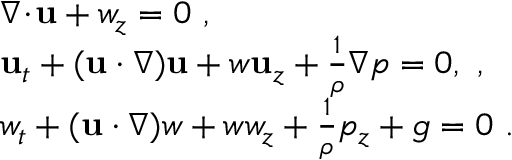
\begin{array} { r l } & { \nabla \! \cdot \! \mathbf { u } + w _ { z } = 0 \ , } \\ & { \mathbf { u } _ { t } + ( \mathbf { u } \cdot \nabla ) \mathbf { u } + w \mathbf { u } _ { z } + \frac { 1 } { \rho } \nabla p = 0 , \ , } \\ & { w _ { t } + ( \mathbf { u } \cdot \nabla ) w + w w _ { z } + \frac { 1 } { \rho } p _ { z } + g = 0 \ . } \end{array}